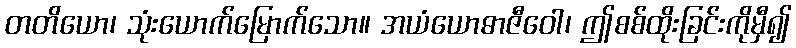
တတိယော၊ သုံးယောက်မြောက်သော။ အယံယောဓာဇီဝေါ၊ ဤစစ်ထိုးခြင်းကိုမှီ၍